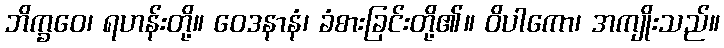
ဘိက္ခဝေ၊ ရဟန်းတို့။ ဝေဒနာနံ၊ ခံစားခြင်းတို့၏။ ဝိပါကော၊ အကျိုးသည်။